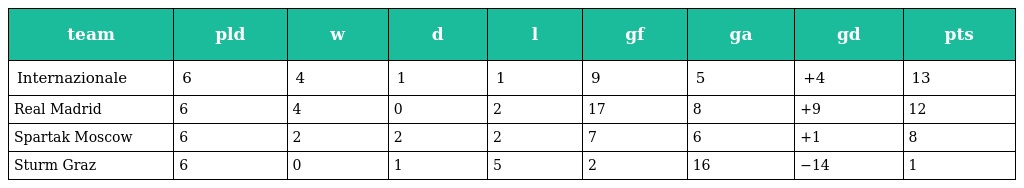
| team | pld | w | d | l | gf | ga | gd | pts |
 | --- | --- | --- | --- | --- | --- | --- | --- | --- |
 | Internazionale | 6 | 4 | 1 | 1 | 9 | 5 | +4 | 13 |
 | Real Madrid | 6 | 4 | 0 | 2 | 17 | 8 | +9 | 12 |
 | Spartak Moscow | 6 | 2 | 2 | 2 | 7 | 6 | +1 | 8 |
 | Sturm Graz | 6 | 0 | 1 | 5 | 2 | 16 | −14 | 1 |